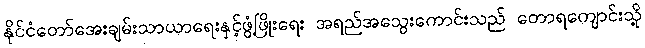
နိုင်ငံတော်အေးချမ်းသာယာရေးနှင့်ဖွံ့ဖြိုးရေး အရည်အသွေးကောင်းသည် တောရကျောင်းသို့